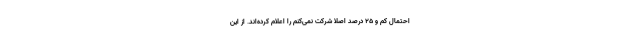
احتمال کم و ۲۵ درصد اصلاً شرکت نمی‌کنم را اعلام کرده‌اند. از این